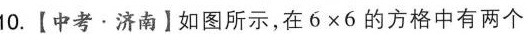
10.【中考\cdot 济南】如图所示，在$$6 × 6$$的方格中有两个